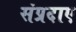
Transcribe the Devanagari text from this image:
संप्रदाए